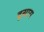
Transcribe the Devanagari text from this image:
दूसारा